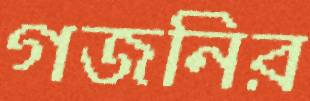
গজনির